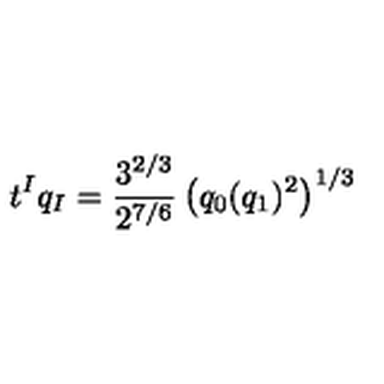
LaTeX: t ^ { I } q _ { I } = { \frac { 3 ^ { 2 / 3 } } { 2 ^ { 7 / 6 } } } \left( q _ { 0 } ( q _ { 1 } ) ^ { 2 } \right) ^ { 1 / 3 }